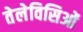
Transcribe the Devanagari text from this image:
तेलेविसिओं